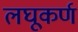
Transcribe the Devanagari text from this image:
लघूकर्ण